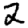
Digit: 2